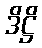
ဒိဋ္ဌိ